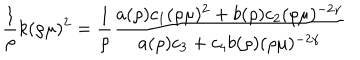
LaTeX: \frac { 1 } { \rho } k ( \rho \mu ) ^ { 2 } = \left. \frac { 1 } { \rho } \frac { a ( \rho ) c _ { 1 } ( \rho \mu ) ^ { 2 } + b ( \rho ) c _ { 2 } ( \rho \mu ) ^ { - 2 \gamma } } { a ( \rho ) c _ { 3 } + c _ { 4 } b ( \rho ) ( \rho \mu ) ^ { - 2 \gamma } } \right.